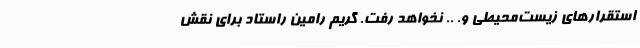
استقرارهای زیست‌محیطی و. .. نخواهد رفت. گریم رامین راستاد برای نقش